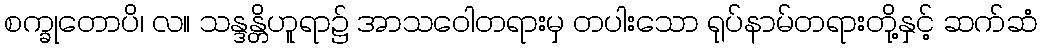
စက္ခုတောပိ၊ လ။ သန္ဒန္တိဟူရာ၌ အာသဝေါတရားမှ တပါးသော ရုပ်နာမ်တရားတို့နှင့် ဆက်ဆံ